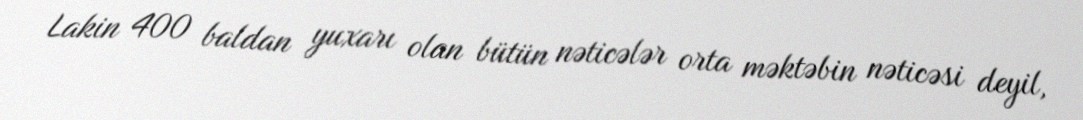
Lakin 400 baldan yuxarı olan bütün nəticələr orta məktəbin nəticəsi deyil,